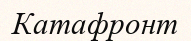
Катафронт